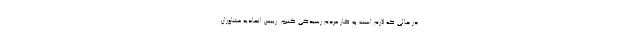
در حالی که لازم است به کار مردم رسیدگی کنیم. رییس اتحادیه مشاوران